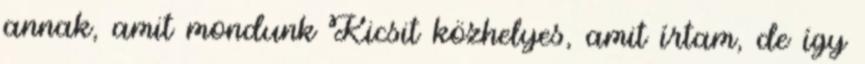
annak, amit mondunk Kicsit közhelyes, amit írtam, de így